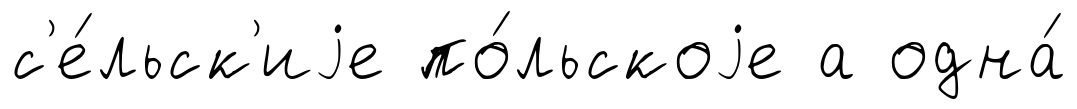
с'е́льск'иjе по́льскоjе а одна́